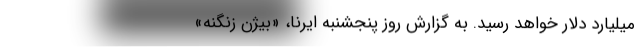
میلیارد دلار خواهد رسید. به گزارش روز پنجشنبه ایرنا، «بیژن زنگنه»